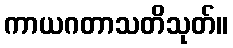
ကာယဂတာသတိသုတ်။